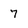
Character: 7